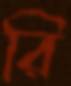
রি